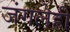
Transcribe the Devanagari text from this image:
जंगलेही